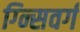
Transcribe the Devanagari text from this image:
ग्न्सिवर्ग